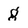
Character: g